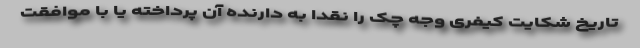
تاریخ شکایت کیفری وجه چک را نقدا به دارنده آن پرداخته یا با موافقت